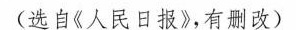
(选自《人民日报》，有删改)